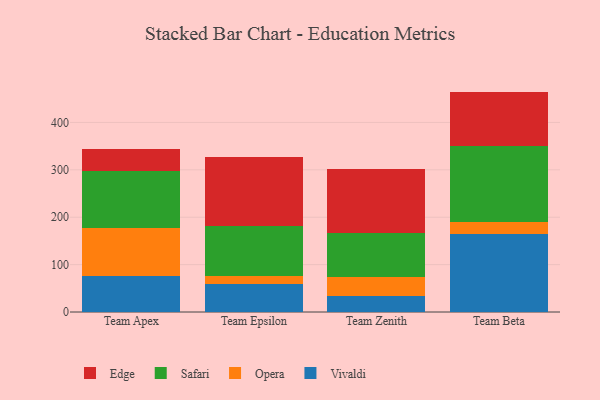
{"axis": {"x": "Team", "y": "Humidity (%)"}, "legend": ["Edge", "Opera", "Safari", "Vivaldi"], "data": [{"x": "Team Apex", "y": 76.0, "type": "Vivaldi"}, {"x": "Team Apex", "y": 100.6, "type": "Opera"}, {"x": "Team Apex", "y": 120.3, "type": "Safari"}, {"x": "Team Apex", "y": 47.1, "type": "Edge"}, {"x": "Team Epsilon", "y": 59.7, "type": "Vivaldi"}, {"x": "Team Epsilon", "y": 16.1, "type": "Opera"}, {"x": "Team Epsilon", "y": 106.7, "type": "Safari"}, {"x": "Team Epsilon", "y": 145.0, "type": "Edge"}, {"x": "Team Zenith", "y": 34.2, "type": "Vivaldi"}, {"x": "Team Zenith", "y": 38.7, "type": "Opera"}, {"x": "Team Zenith", "y": 93.2, "type": "Safari"}, {"x": "Team Zenith", "y": 136.1, "type": "Edge"}, {"x": "Team Beta", "y": 165.2, "type": "Vivaldi"}, {"x": "Team Beta", "y": 23.8, "type": "Opera"}, {"x": "Team Beta", "y": 160.7, "type": "Safari"}, {"x": "Team Beta", "y": 115.4, "type": "Edge"}]}